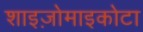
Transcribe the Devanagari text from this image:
शाइज़ोमाइकोटा